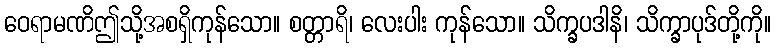
ဝေရာမဏိဤသို့အစရှိကုန်သော။ စတ္တာရိ၊ လေးပါး ကုန်သော။ သိက္ခပဒါနိ၊ သိက္ခာပုဒ်တို့ကို။